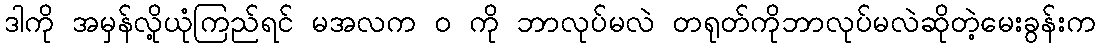
ဒါကို အမှန်လို့ယုံကြည်ရင် မအလက ဝ ကို ဘာလုပ်မလဲ တရုတ်ကိုဘာလုပ်မလဲဆိုတဲ့မေးခွန်းက